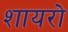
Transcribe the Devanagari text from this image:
शायरो